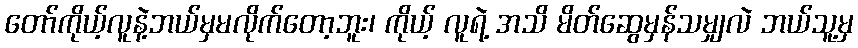
တော်ကိုယ့်လူနဲ့ဘယ်မှမလိုက်တော့ဘူး၊ ကိုယ့် လူရဲ့ အသိ မိတ်ဆွေမှန်သမျှလဲ ဘယ်သူ့မှ